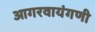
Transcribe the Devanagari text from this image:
आगरवायंगणी